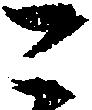
こ